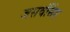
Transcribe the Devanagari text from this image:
जसवंसिंह